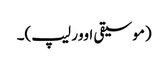
(موسیقی اوور لیپ)۔